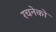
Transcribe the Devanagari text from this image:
रचनेको